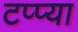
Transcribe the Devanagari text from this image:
टप्प्या